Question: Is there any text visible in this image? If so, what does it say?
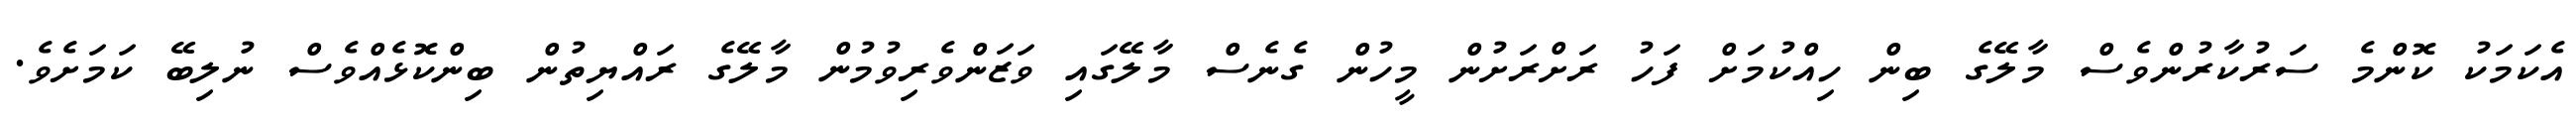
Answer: އެކަމަކު ކޮންމެ ސަރުކާރުންވެސް މާލޭގެ ބިން ހިއްކުމަށް ފަހު ރަށްރަށުން މީހުން ގެނެސް މާލޭގައި ވަޒަންވެރިވުމުން މާލޭގެ ރައްޔިތުން ބިންކޮޅެއްވެސް ނުލިބޭ ކަމަށެވެ.